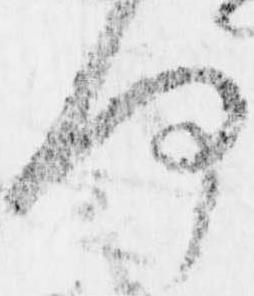
何